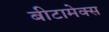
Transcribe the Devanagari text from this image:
बीटामेक्स